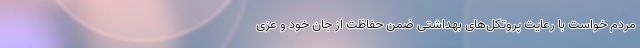
مردم خواست با رعایت پروتکل‌های بهداشتی ضمن حفاظت از جان خود و عزی